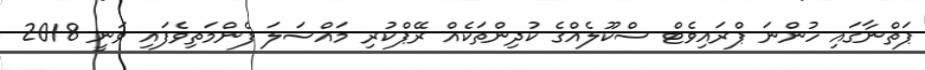
ޕަތްނާގައި ހުންނަ ޕްރައިވެޓް ސްކޫލެއްގެ ކުދިންތަކެއް ރޭޕްކުރި މައްސަލަ ފެންމަތިވެެފައި ވަނީ 2018